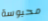
محبوسة